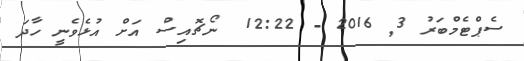
ސެޕްޓެމްބަރު 3